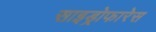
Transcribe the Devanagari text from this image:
साइड्रोफारेस